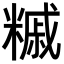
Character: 𥼀